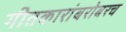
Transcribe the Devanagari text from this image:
गीतकारांबरोबरच